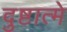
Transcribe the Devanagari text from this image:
दुष्टात्मे